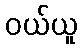
ဝယ်ယူ